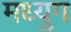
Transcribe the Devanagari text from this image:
मध्युग